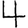
Digit: 4